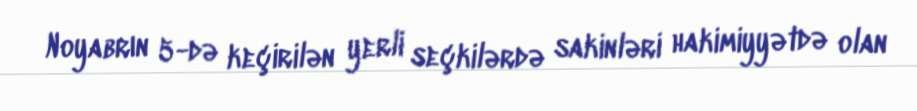
Noyabrın 5-də keçirilən yerli seçkilərdə sakinləri hakimiyyətdə olan